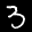
Label: 3